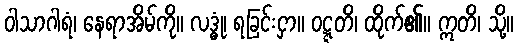
ဝါသာဂါရံ၊ နေရာအိမ်ကို။ လဒ္ဓုံ၊ ရခြင်းငှာ။ ဝဋ္ဋတိ၊ ထိုက်၏။ ဣတိ၊ သို့။